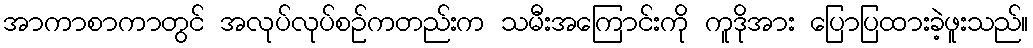
အာကာစာကာတွင် အလုပ်လုပ်စဉ်ကတည်းက သမီးအကြောင်းကို ကူဒိုအား ပြောပြထားခဲ့ဖူးသည်။